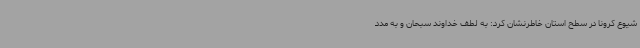
شیوع کرونا در سطح استان خاطرنشان کرد: به لطف خداوند سبحان و به مدد